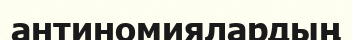
антиномиялардың